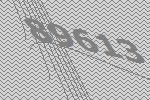
89613